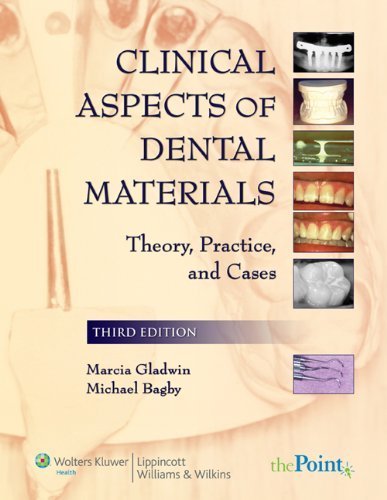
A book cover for Clinical Aspects of Dental Materials: Theory, Practice, and Cases Third, North America Edition by Gladwin, Marcia A.; Bagby, Michael published by Lippincott Williams & Wilkins Paperback; Medical Books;